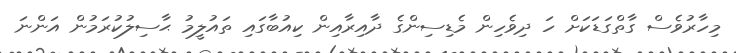
މިހާރުވެސް ގާތްގަޑަކަށް ހަ ދިވެހިން މެޑިސިންގެ ދާއިރާއިން ކިއުބާގައި ތައުލީމު ޙާސިލުކުރަމުން އަންނަ